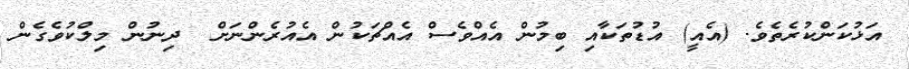
އަޅުކަންކުރެތެވެ. (އެއީ) އުޑުތަކާއި ބިމުން އެއްވެސް އެއްޗަކުން އެއުރެންނަށް  ދިނުން މިލްކުވެގެން